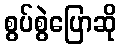
စွပ်စွဲပြောဆို